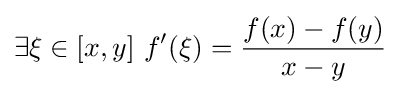
\exists \xi \in [x,y]\ f'(\xi )={\frac {f(x)-f(y)}{x-y}}